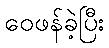
ဝေဖန်ခဲ့ပြီး